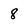
Character: 8